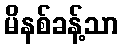
မိနစ်ခန့်သာ